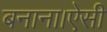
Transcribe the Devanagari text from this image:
बनाना।ऐसी